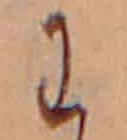
わ